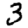
Digit: 3